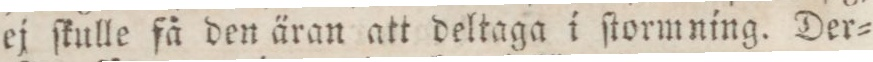
ej ſkulle få den äran att deltaga i ſtormning. Der=